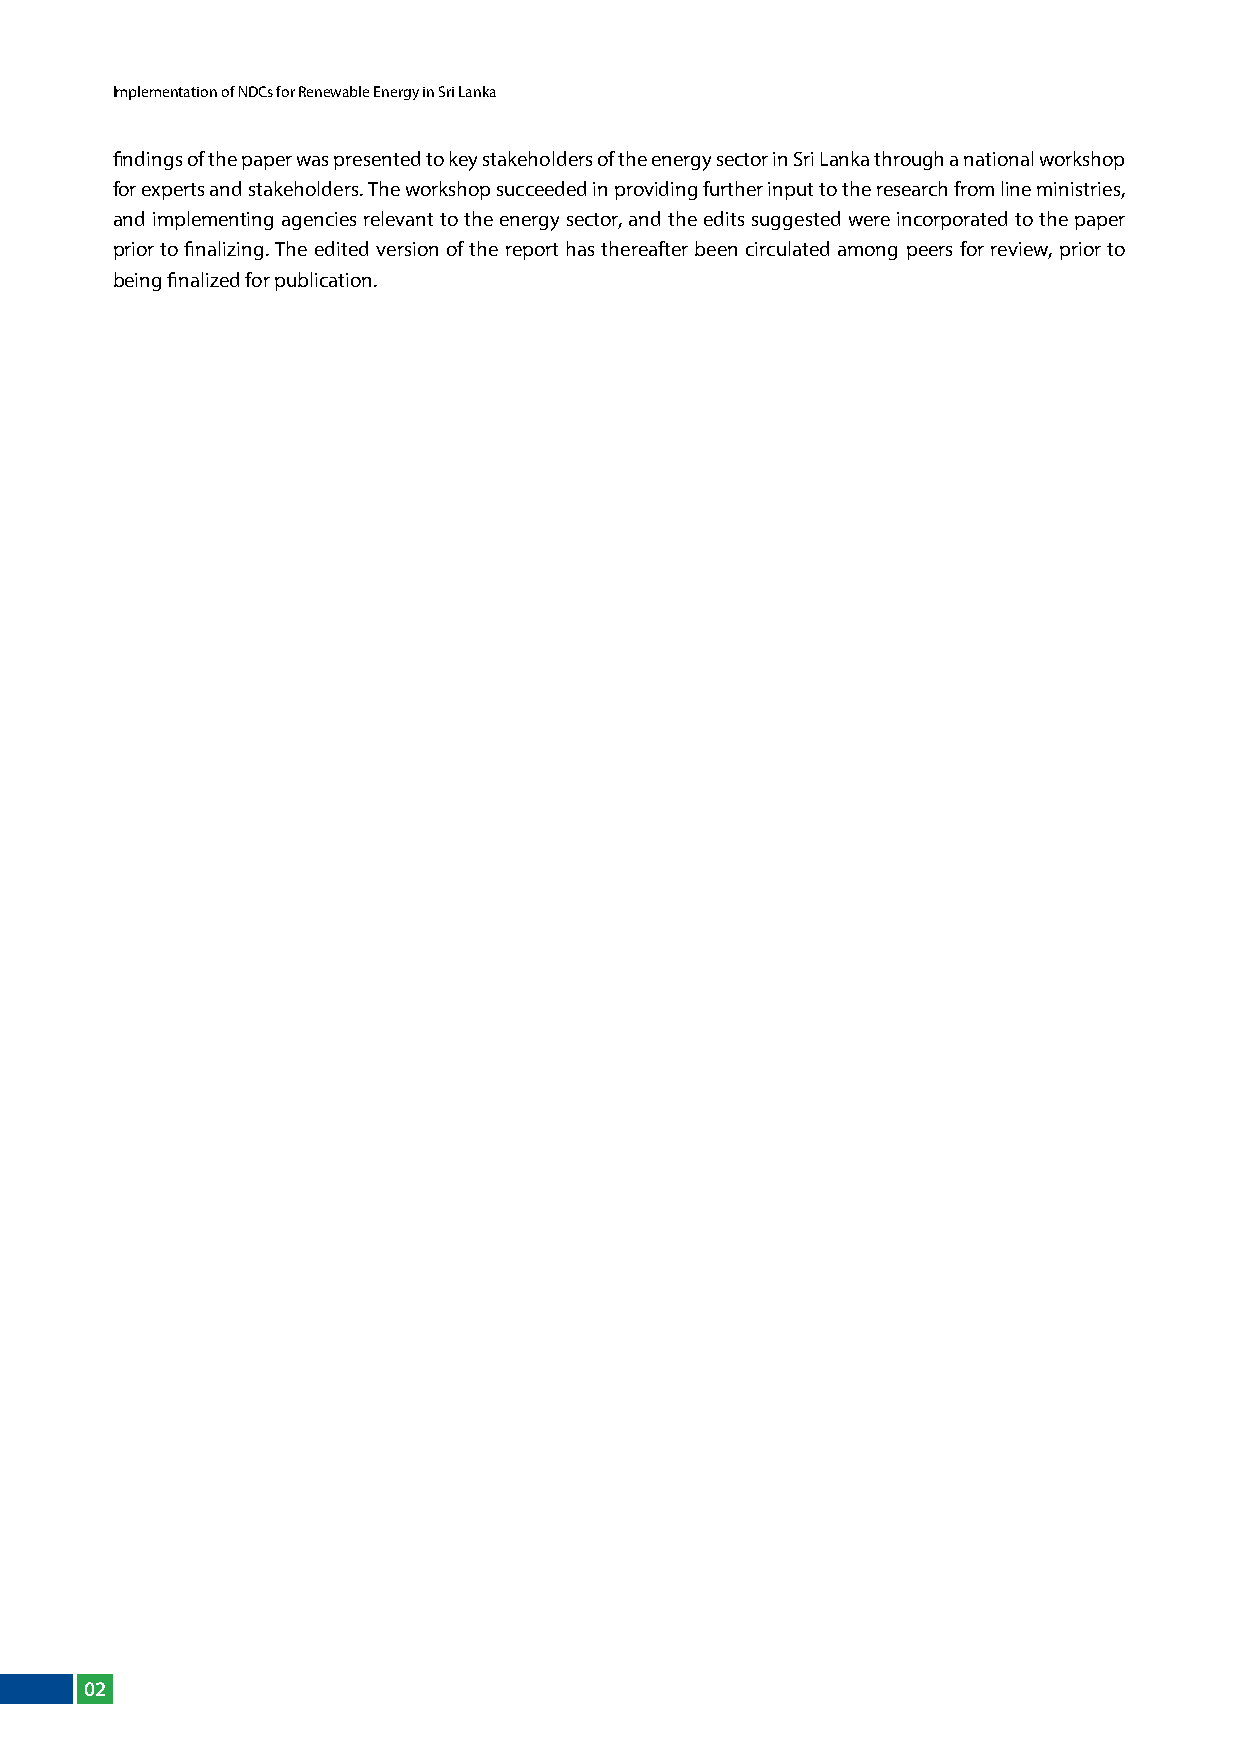
Implementation of NDCs for Renewable Energy in Sri Lanka
 findings of the paper was presented to key stakeholders of the energy sector in Sri lanka through a national workshop
 for experts and stakeholders. The workshop succeeded in providing further input to the research from line ministries,
 and implementing agencies relevant to the energy sector, and the edits suggested were incorporated to the paper
 prior to finalizing. The edited version of the report has thereafter been circulated among peers for review, prior to
 being finalized for publication.
 02